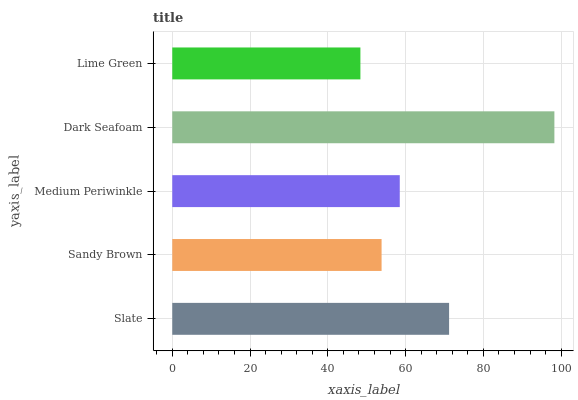
| yaxis_label | bars |
 | --- | --- |
 | Slate | 71.2 |
 | Sandy Brown | 53.8 |
 | Medium Periwinkle | 58.5 |
 | Dark Seafoam | 98.3 |
 | Lime Green | 48.4 |